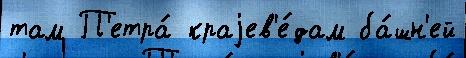
там П'етра́ краjев'е́дам ба́шн'ей